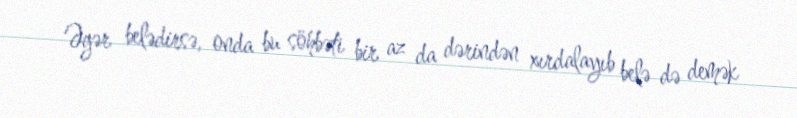
Əgər belədirsə, onda bu söhbəti bir az da dərindən xırdalayıb belə də demək